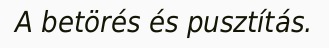
A betörés és pusztítás.